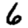
Digit: 6